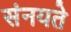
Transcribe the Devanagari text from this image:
संनयते